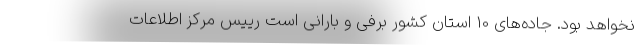
نخواهد بود. جاده‌های 10 استان کشور برفی و بارانی است رییس مرکز اطلاعات